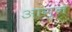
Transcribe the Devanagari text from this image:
आगुन